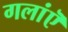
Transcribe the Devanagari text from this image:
गलांऎ